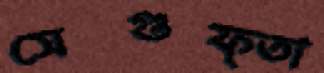
সেগুফ্তা